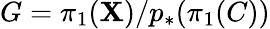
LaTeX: G=\pi_{1}(\mathbf{X})/p_{*}(\pi_{1}(C))